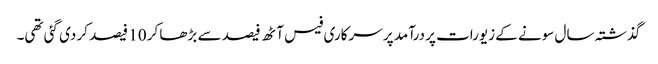
گذشتہ سال سونے کے زیورات پر درآمد پر سرکاری فیس آٹھ فیصد سے بڑھا کر 10 فیصد کر دی گئی تھی۔